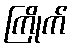
ကြိုက်